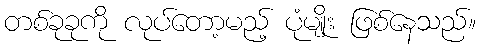
တစ်ခုခုကို လုပ်တော့မည့် ပုံမျိုး ဖြစ်နေသည်။